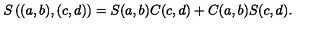
S \left( ( a , b ) , ( c , d ) \right) = S ( a , b ) C ( c , d ) + C ( a , b ) S ( c , d ) .